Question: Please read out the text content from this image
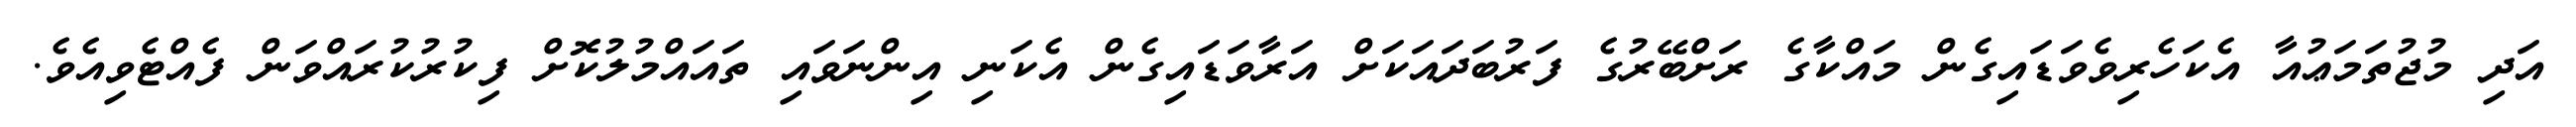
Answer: އަދި މުޖުތަމަޢުއާ އެކަހެރިވެވަޑައިގެން މައްކާގެ ރަށްބޭރުގެ ފަރުބަދައަކަށް އަރާވަޑައިގެން އެކަނި އިންނަވައި ތައައްމުލުކޮށް ފިކުރުކުރައްވަން ފެއްޓެވިއެވެ.